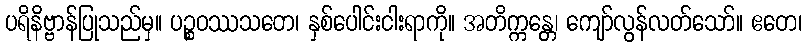
ပရိနိဗ္ဗာန်ပြုသည်မှ။ ပဉ္စဝဿသတေ၊ နှစ်ပေါင်းငါးရာကို။ အတိက္ကန္တေ၊ ကျော်လွန်လတ်သော်။ ဧတေ၊